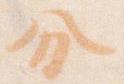
分